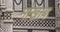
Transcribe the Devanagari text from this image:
मोखाब